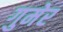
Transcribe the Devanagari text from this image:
गुमेर